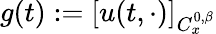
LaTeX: g(t):=[u(t,\cdot)]_{C_{x}^{0,\beta}}